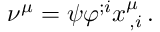
\nu ^ { \mu } = \psi \varphi ^ { ; i } x _ { \, , i } ^ { \mu } \, .